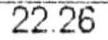
22.26